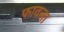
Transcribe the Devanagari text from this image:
फावला